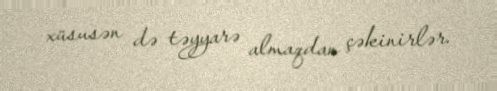
xüsusən də təyyarə almaqdan çəkinirlər.